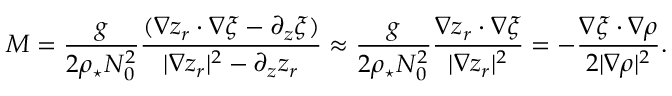
{ \cal M } = \frac { g } { 2 \rho _ { \star } N _ { 0 } ^ { 2 } } \frac { ( \nabla z _ { r } \cdot \nabla \xi - \partial _ { z } \xi ) } { | \nabla z _ { r } | ^ { 2 } - \partial _ { z } z _ { r } } \approx \frac { g } { 2 \rho _ { \star } N _ { 0 } ^ { 2 } } \frac { \nabla z _ { r } \cdot \nabla \xi } { | \nabla z _ { r } | ^ { 2 } } = - \frac { \nabla \xi \cdot \nabla \rho } { 2 | \nabla \rho | ^ { 2 } } .